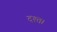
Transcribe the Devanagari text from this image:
दश्त।